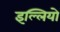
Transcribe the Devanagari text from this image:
इल्लियो